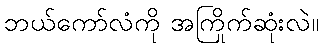
ဘယ်ကော်လံကို အကြိုက်ဆုံးလဲ။